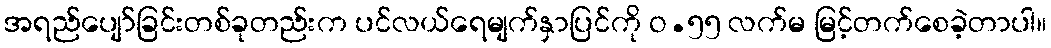
အရည်ပျော်ခြင်းတစ်ခုတည်းက ပင်လယ်ရေမျက်နှာပြင်ကို ဝ.၅၅ လက်မ မြင့်တက်စေခဲ့တာပါ။